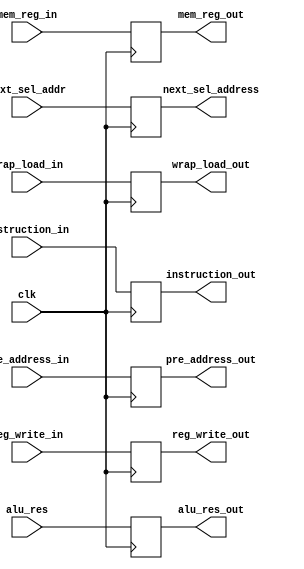
module memory_pipe(
  input wire clk,
  input wire reg_write_in,
  input wire [1:0]  mem_reg_in,
  input wire [31:0] wrap_load_in,
  input wire [31:0] alu_res,
  input wire [31:0] next_sel_addr,
  input wire [31:0] instruction_in,
  input wire [31:0] pre_address_in,

  output wire reg_write_out,
  output wire [31:0] alu_res_out,
  output wire [1:0]  mem_reg_out,
  output wire [31:0] next_sel_address,
  output wire [31:0] wrap_load_out,
  output wire [31:0] instruction_out,
  output wire [31:0] pre_address_out
  );

  reg reg_write;
  reg [1:0]  mem_reg;
  reg [31:0] pre_address_pc;
  reg [31:0] alu_result , nextsel_addr , wrap_load , instruction;

  always @ (posedge clk) begin
    mem_reg        <= mem_reg_in;
    alu_result     <= alu_res;
    nextsel_addr   <= next_sel_addr;
    wrap_load      <= wrap_load_in;
    instruction    <= instruction_in;
    reg_write      <= reg_write_in;
    pre_address_pc <= pre_address_in;
  end

  assign reg_write_out    = reg_write;
  assign mem_reg_out      = mem_reg;
  assign alu_res_out      = alu_result;
  assign next_sel_address = nextsel_addr;
  assign wrap_load_out    = wrap_load;
  assign instruction_out  = instruction;
  assign pre_address_out  = pre_address_pc;
endmodule